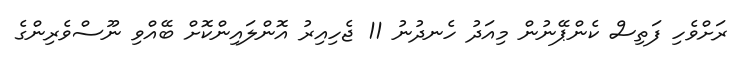
ރަށްވެހި ފަތިސް ކެންޕޭނުން މިއަދު ހެނދުނު 11 ޖެހިއިރު އޮންލައިންކޮށް ބޭއްވި ނޫސްވެރިންގެ